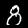
Label: 8